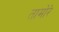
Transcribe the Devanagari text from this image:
तामोरे